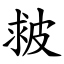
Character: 皳